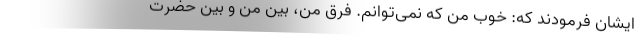
ایشان فرمودند که: خوب من که نمی‌توانم. فرق من، بین من و بین حضرت